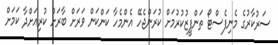
ސަރުކާރުގެ މެނިފެސްޓޯ ތަންފީޒުކުރުމަށް ކުރަންޖެހޭ އެންމެހާ ކަންކަން ވަރަށް ބާރަށް ކުރިއަށްދާ ކަމަށް